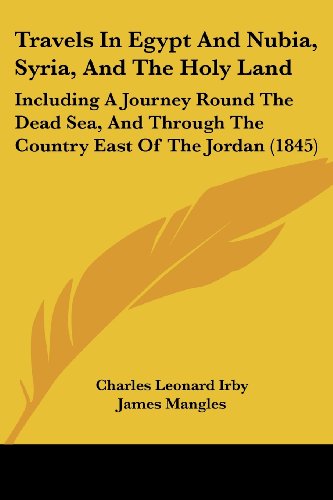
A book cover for Travels In Egypt And Nubia, Syria, And The Holy Land: Including A Journey Round The Dead Sea, And Through The Country East Of The Jordan (1845); Charles Leonard Irby; Religion & Spirituality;